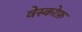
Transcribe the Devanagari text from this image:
वेस्कोफ़